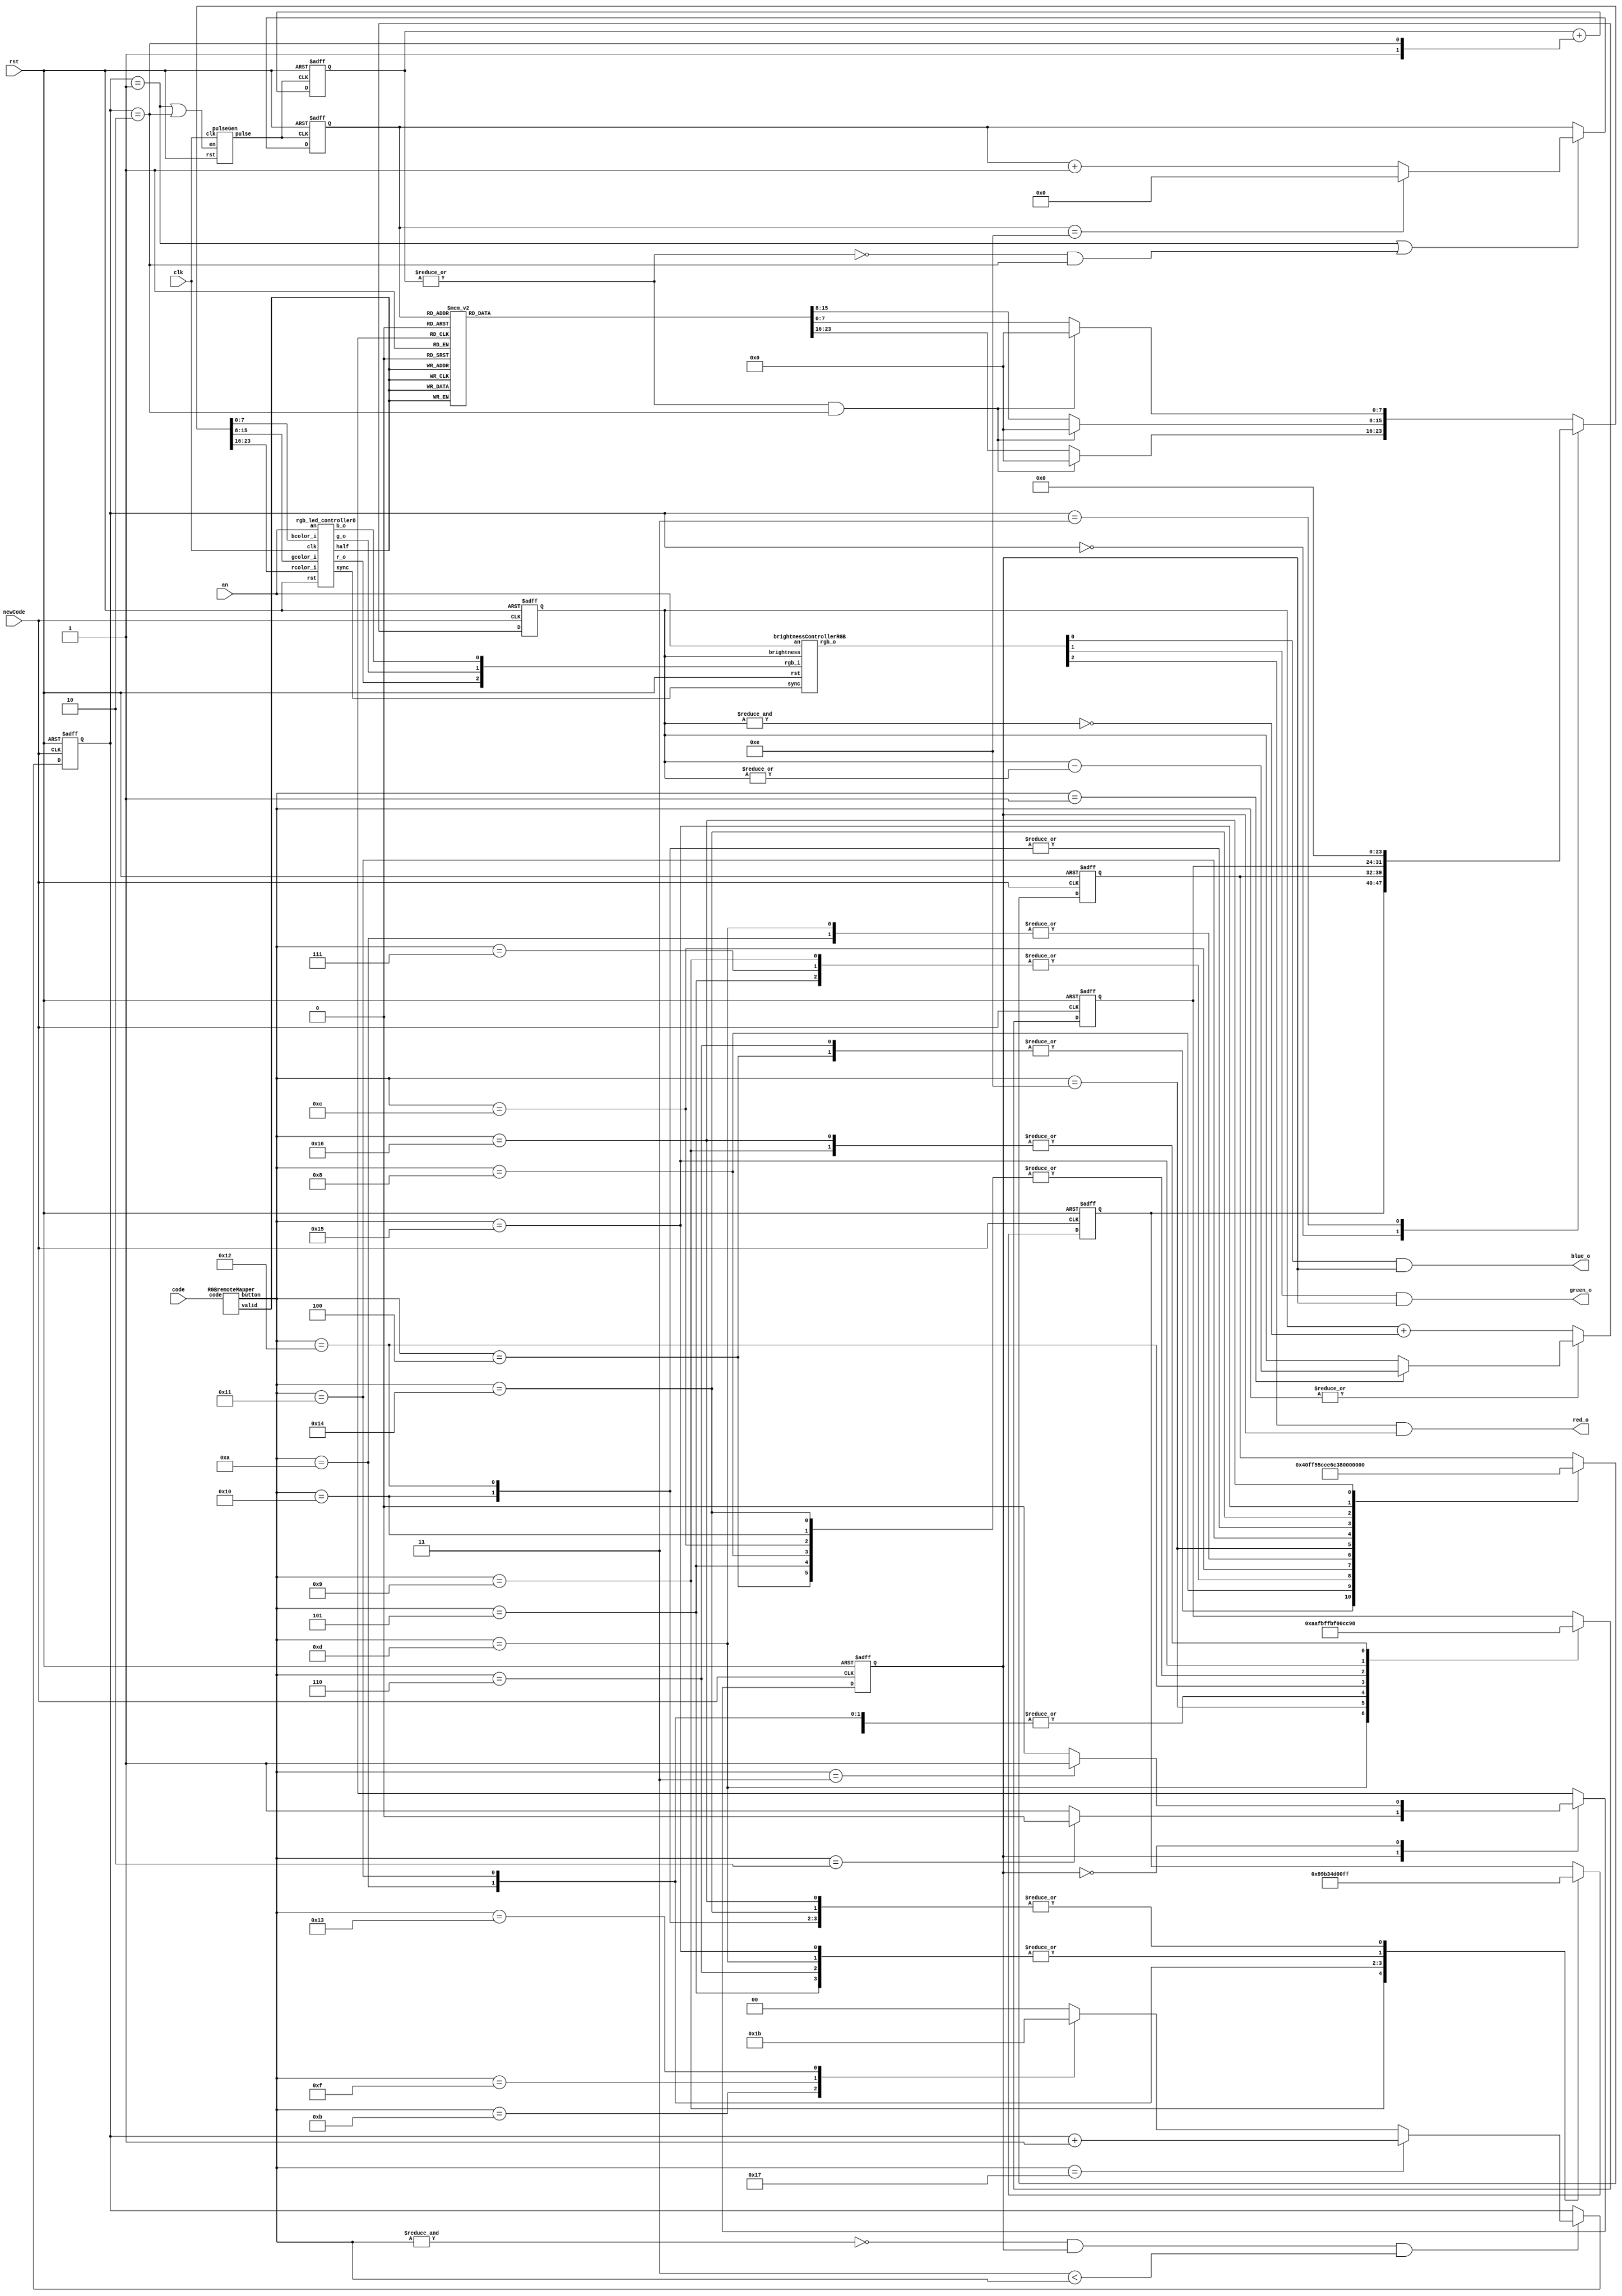
/* ------------------------------------------------ *
 * Title       : Remote RGB LED controller v1.0     *
 * Project     : IR Transreceiver                   *
 * ------------------------------------------------ *
 * Last Edit   : 19/09/2021                         *
 * Licence     : CERN-OHL-W                         *
 * ------------------------------------------------ *
 * Description : Remote controler for a RGB LED     *
 * ------------------------------------------------ *
 * Revisions                                        *
 *     v1      : Inital version                     *
 * ------------------------------------------------ */

module RGBremoteController(
  input clk,
  input rst,
  input [31:0] code,
  input newCode,
  output red_o,
  output green_o,
  output blue_o,
  input an);
  //Color codes for buttons
  localparam WHITE = 24'hFFFFFF,
               RED = 24'hFF0000,
             GREEN = 24'h00FF00,
              BLUE = 24'h0000FF,
              RED1 = 24'hFF4000,
            GREEN1 = 24'h99FF99,
             BLUE1 = 24'hB3CCFF,
              RED2 = 24'hFF5500,
            GREEN2 = 24'h00CCAA,
             BLUE2 = 24'hFFE6FB,
              RED3 = 24'hFF8000,
            GREEN3 = 24'h4DC3FF,
             BLUE3 = 24'hFF80BF,
              RED4 = 24'hFFD500,
            GREEN4 = 24'h0066CC,
             BLUE4 = 24'hFF3399;
  localparam COLOR = 2'd0,
             FLASH = 2'd1,
            STROBE = 2'd2,
            SMOOTH = 2'd3;
  reg [1:0] mode;
  reg lightOn;
  reg [3:0] colorCounter;
  reg [7:0] red_store, blue_store, green_store;
  reg [7:0] red_val, green_val, blue_val;
  reg [7:0] red_dynamic, green_dynamic, blue_dynamic;
  wire sync;
  wire [4:0] button;
  reg [2:0] brightness;
  wire red_c, green_c, blue_c, r_o, g_o, b_o;
  wire pulse, pulseEn;
  reg [1:0] strobeCounter;

  always@* begin
    if(|strobeCounter & (mode == STROBE))
      {red_dynamic, green_dynamic, blue_dynamic} = 24'h0;
    else case(colorCounter)
         4'd0: {red_dynamic, green_dynamic, blue_dynamic} = RED;
         4'd1: {red_dynamic, green_dynamic, blue_dynamic} = RED1;
         4'd2: {red_dynamic, green_dynamic, blue_dynamic} = RED2;
         4'd3: {red_dynamic, green_dynamic, blue_dynamic} = RED3;
         4'd4: {red_dynamic, green_dynamic, blue_dynamic} = RED4;
         4'd5: {red_dynamic, green_dynamic, blue_dynamic} = GREEN;
         4'd6: {red_dynamic, green_dynamic, blue_dynamic} = GREEN1;
         4'd7: {red_dynamic, green_dynamic, blue_dynamic} = GREEN2;
         4'd8: {red_dynamic, green_dynamic, blue_dynamic} = GREEN3;
         4'd9: {red_dynamic, green_dynamic, blue_dynamic} = GREEN4;
        4'd10: {red_dynamic, green_dynamic, blue_dynamic} = BLUE;
        4'd11: {red_dynamic, green_dynamic, blue_dynamic} = BLUE1;
        4'd12: {red_dynamic, green_dynamic, blue_dynamic} = BLUE2;
        4'd13: {red_dynamic, green_dynamic, blue_dynamic} = BLUE3;
        4'd14: {red_dynamic, green_dynamic, blue_dynamic} = BLUE4;
      default: {red_dynamic, green_dynamic, blue_dynamic} = 24'h0;
    endcase
  end
  
  //Color counter
  always@(negedge pulse or posedge rst) begin
    if(rst) begin
      colorCounter <= 4'd0;
    end else begin
      if((mode == FLASH) | (~|strobeCounter & (mode == STROBE)))
        colorCounter <= (colorCounter == 4'd14) ? 4'd0 : (colorCounter + 4'd1);
    end
  end
  
  //strobeOff
  always@(negedge pulse or posedge rst) begin
    if(rst) begin
      strobeCounter <= 8'd1;
    end else begin
      strobeCounter <= strobeCounter + {1'd1, (mode == STROBE)};
    end
  end
  
  //Update color regs
  always@(negedge newCode or posedge rst)begin
      if(rst) begin
        {red_store, blue_store, green_store} <= WHITE;
      end else case(button)
         5'd4: {red_store, blue_store, green_store} <= RED;
         5'd5: {red_store, blue_store, green_store} <= GREEN;
         5'd6: {red_store, blue_store, green_store} <= BLUE;
         5'd7: {red_store, blue_store, green_store} <= WHITE;
         5'd8: {red_store, blue_store, green_store} <= RED1;
         5'd9: {red_store, blue_store, green_store} <= GREEN1;
        5'd10: {red_store, blue_store, green_store} <= BLUE1;
        5'd12: {red_store, blue_store, green_store} <= RED2;
        5'd13: {red_store, blue_store, green_store} <= GREEN2;
        5'd14: {red_store, blue_store, green_store} <= BLUE2;
        5'd16: {red_store, blue_store, green_store} <= RED3;
        5'd17: {red_store, blue_store, green_store} <= GREEN3;
        5'd18:{red_store, blue_store, green_store} <= BLUE3;
        5'd20: {red_store, blue_store, green_store} <= RED4;
        5'd21: {red_store, blue_store, green_store} <= GREEN4;
        5'd22: {red_store, blue_store, green_store} <= BLUE4;
      endcase
  end

  //Handle mode
  always@(negedge newCode or posedge rst) begin
    if(rst)begin
      mode <= 2'd0;
    end else begin
      if(~&button & lightOn & (5'd3 < button)) begin
        if(button == 5'd23)
          mode <= mode + 2'd1;
        else case(button)
            5'd11: mode <= FLASH;
            5'd15: mode <= STROBE;
            5'd19: mode <= SMOOTH;
          default: mode <= COLOR;
        endcase
      end
    end
  end
  
  //handle brightness
  always@(negedge newCode or posedge rst) begin
    if(rst) begin
      brightness <= 3'd5;
    end else begin
      if(~|button) begin
        brightness <= brightness + {2'd0,~&brightness};
      end else if(button == 5'd1) begin
        brightness <= brightness - {2'd0, |brightness};
      end
    end
  end
  
  //Handle lightOn
  always@(negedge newCode or posedge rst) begin
    if(rst) begin
      lightOn <= 1'b1;
    end else case(lightOn)
      1'b1: lightOn <= (button == 5'd2) ? 1'b0 : lightOn;
      1'b0: lightOn <= (button == 5'd3) ? 1'b1 : lightOn;
    endcase
  end
  
  //Mode handle & power off
  assign {red_o, green_o, blue_o} = {(r_o & lightOn), (g_o & lightOn), (b_o & lightOn)};
  always@* //Route color data to pwm
    begin
      case(mode)
        COLOR: {red_val, green_val, blue_val} = {red_store, blue_store, green_store};
        SMOOTH: {red_val, green_val, blue_val} = 24'd0; //Not implemented
        default: {red_val, green_val, blue_val} = {red_dynamic, green_dynamic, blue_dynamic};
      endcase
    end

  assign pulseEn = (mode == FLASH) | (mode == STROBE);

  RGBremoteMapper codeDecoder(code, , button);
  brightnessControllerRGB brgt_pwm(sync, rst, {red_c, green_c, blue_c}, {r_o, g_o, b_o}, brightness, an);
  rgb_led_controller8 color_pwm(clk, rst, red_val, green_val, blue_val, sync, , red_c, green_c, blue_c, an);
  pulseGen pulseGenerator(clk, rst, pulseEn, pulse);
endmodule

module RGBremoteMapper(
  input [31:0] code,
  output valid,
  output reg [4:0] button);
  wire [15:0] controlCode, btnCode;
  //Button codes, in array format
  localparam  REMOTECode = 16'h00FF,
                 btn_0_0 = 16'h00FF,
                 btn_0_1 = 16'h40BF,
                 btn_0_2 = 16'h609F,
                 btn_0_3 = 16'hE01F,
                 btn_1_0 = 16'h10EF,
                 btn_1_1 = 16'h906F,
                 btn_1_2 = 16'h50AF,
                 btn_1_3 = 16'hC03F,
                 btn_2_0 = 16'h30CF,
                 btn_2_1 = 16'hB04F,
                 btn_2_2 = 16'h708F,
                 btn_2_3 = 16'hF00F,
                 btn_3_0 = 16'h08F7,
                 btn_3_1 = 16'h8877,
                 btn_3_2 = 16'h48B7,
                 btn_3_3 = 16'hC837,
                 btn_4_0 = 16'h28D7,
                 btn_4_1 = 16'hA857,
                 btn_4_2 = 16'h6897,
                 btn_4_3 = 16'hE817,
                 btn_5_0 = 16'h18E7,
                 btn_5_1 = 16'h9867,
                 btn_5_2 = 16'h58A7,
                 btn_5_3 = 16'hD827;
  assign {controlCode, btnCode} = code;
  assign valid = ~&button & (controlCode != REMOTECode);
  always@*
    begin
      case(btnCode)
        btn_0_0: button = 5'd0;
        btn_0_1: button = 5'd1;
        btn_0_2: button = 5'd2;
        btn_0_3: button = 5'd3;
        btn_1_0: button = 5'd4;
        btn_1_1: button = 5'd5;
        btn_1_2: button = 5'd6;
        btn_1_3: button = 5'd7;
        btn_2_0: button = 5'd8;
        btn_2_1: button = 5'd9;
        btn_2_2: button = 5'd10;
        btn_2_3: button = 5'd11;
        btn_3_0: button = 5'd12;
        btn_3_1: button = 5'd13;
        btn_3_2: button = 5'd14;
        btn_3_3: button = 5'd15;
        btn_4_0: button = 5'd16;
        btn_4_1: button = 5'd17;
        btn_4_2: button = 5'd18;
        btn_4_3: button = 5'd19;
        btn_5_0: button = 5'd20;
        btn_5_1: button = 5'd21;
        btn_5_2: button = 5'd22;
        btn_5_3: button = 5'd23;
        default: button = 5'b11111;
      endcase
    end
endmodule

module brightnessControllerRGB(sync, rst, rgb_i, rgb_o, brightness, an);
  input rst, an, sync;
  input [2:0] brightness, rgb_i;
  output [2:0] rgb_o;
  wire pass;
  reg [2:0] counter;

  assign rgb_o = (pass) ? rgb_i : {3{an}};
  assign pass = ~(brightness < counter);

  always@(posedge sync or posedge rst) begin
    if(rst) begin
      counter <= 3'd0;
    end else begin
      counter <= counter + 3'd1;
    end
  end
endmodule

module rgb_led_controller8(clk, rst, rcolor_i, gcolor_i, bcolor_i, sync, half, r_o, g_o, b_o, an);
  input clk, rst;
  output sync, half; //start of a new cycle, second half of the cycle

  input an; //High when connecting to anode, low for cathode

  input [7:0] rcolor_i, gcolor_i, bcolor_i; //Color data ins
  output r_o, g_o, b_o; //Connected to LEDs

  reg [7:0] rcolor_reg, gcolor_reg, bcolor_reg;
  reg red, green, blue;
  reg [7:0] counter;

  assign r_o = red ^ an;
  assign g_o = green ^ an;
  assign b_o = blue ^ an;
  assign half = counter[7]; 
  assign sync = ~|counter;

  //Counter for full cycle
  always @(posedge clk or posedge rst) begin
    if(rst) begin
      counter <= 8'd0;
    end else begin
      counter <= counter + 8'd1;
    end
  end

  //Only change color in new cycles
  always@(posedge sync or posedge rst) begin
    if(rst) begin
      rcolor_reg <= rcolor_i;
      gcolor_reg <= gcolor_i;
      bcolor_reg <= bcolor_i;
    end else begin
      rcolor_reg <= rcolor_i;
      gcolor_reg <= gcolor_i;
      bcolor_reg <= bcolor_i;
    end
  end
  
  //Drive LED pins
  always@(posedge clk)begin 
        //       All 1s          All 0s         New cycle           Pulse end
      red <= (&rcolor_reg) | ((|rcolor_reg) & ((~|counter) | ((counter != rcolor_reg) & red)));
     blue <= (&bcolor_reg) | ((|bcolor_reg) & ((~|counter) | ((counter != bcolor_reg) & blue)));
    green <= (&gcolor_reg) | ((|gcolor_reg) & ((~|counter) | ((counter != gcolor_reg) & green)));
  end
endmodule//RGB LED controller with 8 bit resolution

module pulseGen(clk, rst, en, pulse);
  input clk, rst, en;
  output pulse;
  reg [24:0] counter;

  assign pulse = (counter == 25'd29_999_999);

  always@(posedge clk or posedge rst) begin
    if(rst) begin
      counter <= 25'd0;
    end else begin
      counter <= (pulse) ? 25'd0 : (counter + {24'd0, en});
      end
  end 
endmodule